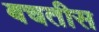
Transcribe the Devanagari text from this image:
बचतीस